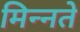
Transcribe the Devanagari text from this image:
मिन्नते